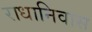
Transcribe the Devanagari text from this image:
राधानिवास